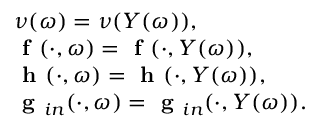
\begin{array} { r l } & { \nu ( \omega ) = \nu ( Y ( \omega ) ) , } \\ & { \textbf { f } ( \cdot , \omega ) = \textbf { f } ( \cdot , Y ( \omega ) ) , } \\ & { \textbf { h } ( \cdot , \omega ) = \textbf { h } ( \cdot , Y ( \omega ) ) , } \\ & { \textbf { g } _ { i n } ( \cdot , \omega ) = \textbf { g } _ { i n } ( \cdot , Y ( \omega ) ) . } \end{array}